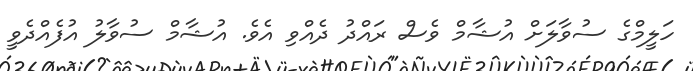
ހަލީމްގެ ސުވާލަށް އުޝާމް ވެސް ރައްދު ދެއްވި އެވެ. އުޝާމް ސުވާލު އުފެއްދެވީ